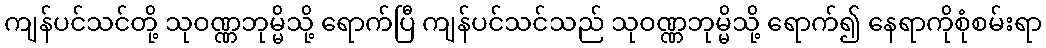
ကျန်ပင်သင်တို့ သုဝဏ္ဏဘုမ္မိသို့ ရောက်ပြီ ကျန်ပင်သင်သည် သုဝဏ္ဏဘုမ္မိသို့ ရောက်၍ နေရာကိုစုံစမ်းရာ